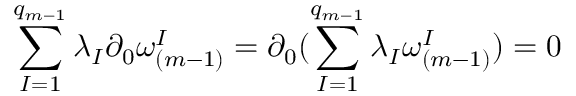
\sum _ { I = 1 } ^ { q _ { m - 1 } } \lambda _ { I } \partial _ { 0 } \omega _ { ( m - 1 ) } ^ { I } = \partial _ { 0 } ( \sum _ { I = 1 } ^ { q _ { m - 1 } } \lambda _ { I } \omega _ { ( m - 1 ) } ^ { I } ) = 0